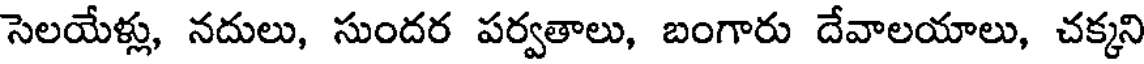
సెలయేళ్లు, నదులు, సుందర పర్వతాలు, బంగారు దేవాలయాలు, చక్కని